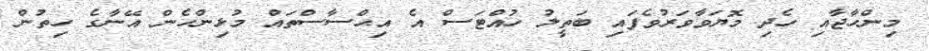
މިންހާޖާއި ހެދި މޮޔަވާވަރުވެފައި ބަތީލު ހުއްޓަސް އެ އިޙްސާސްތައް މުޅިންހެން އޭނާގެ ހިތުން